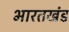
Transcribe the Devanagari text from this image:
भारतखंड